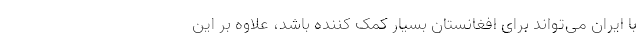
با ایران می‌تواند برای افغانستان بسیار کمک کننده باشد، علاوه بر این